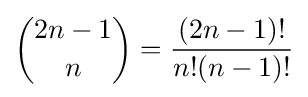
{\binom {2n-1}{n}}={\frac {(2n-1)!}{n!(n-1)!}}